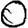
Digit: 0